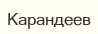
Карандеев